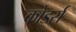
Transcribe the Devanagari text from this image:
कोर्ड्स